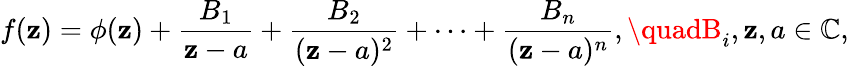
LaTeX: f(\mathbf{z})=\phi(\mathbf{z})+{\frac{{B_{1}}}{{\mathbf{z}-a}}}+{\frac{{B_{2}}}{{(\mathbf{z}-a)^{2}}}}+\cdots+{\frac{{B_{n}}}{{(\mathbf{z}-a)^{n}}}},\quadB_{i},\mathbf{z},a\in\mathbb{{C}},